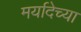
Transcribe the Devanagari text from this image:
मर्यादेच्या